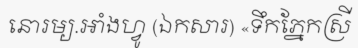
នោរម្យ.អាំងហ្វូ (ឯកសារ) «ទឹកភ្នែកស្រី